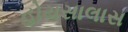
હોયસાલાસ